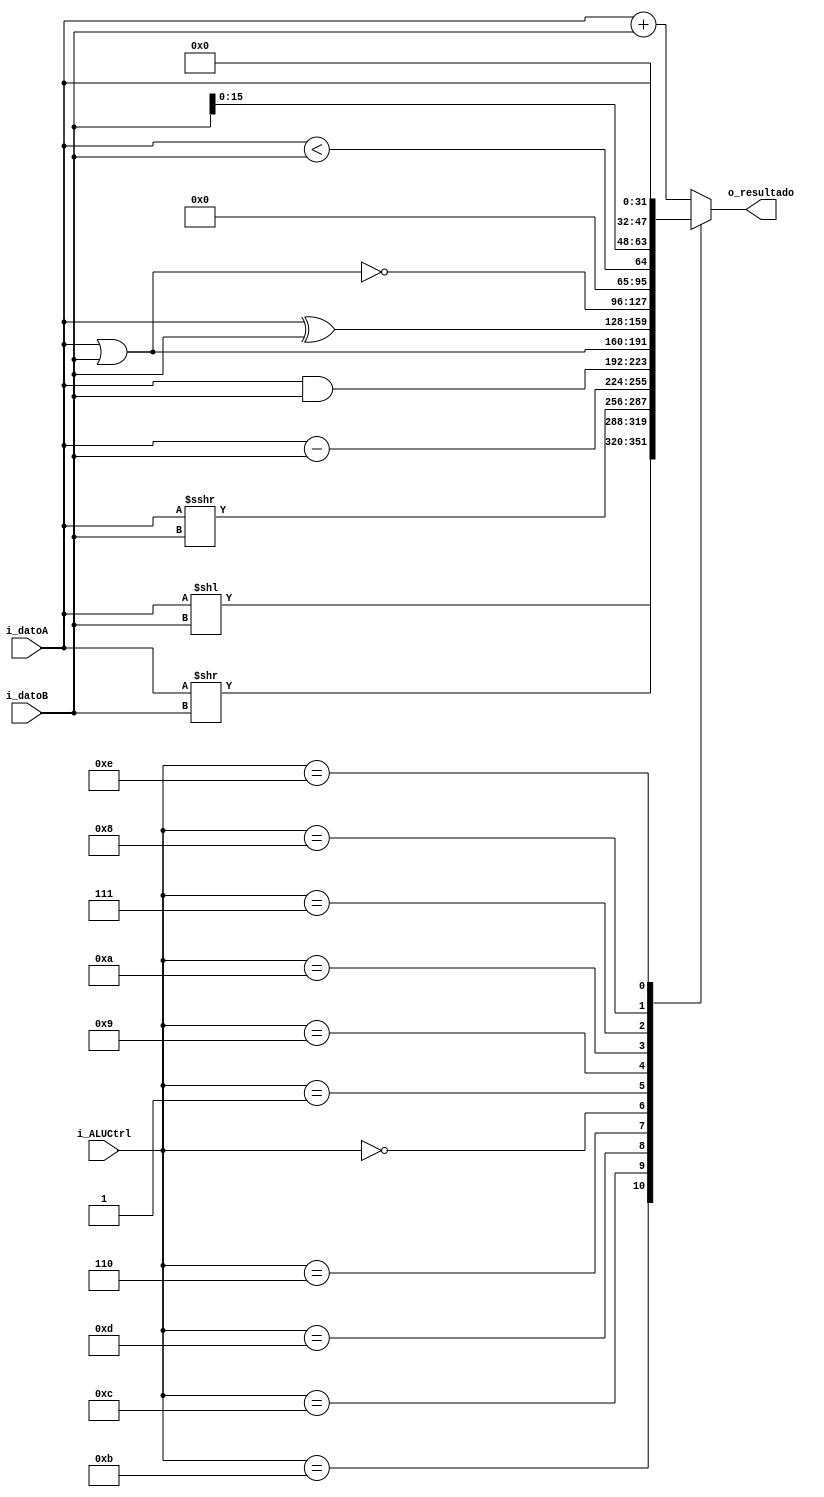
`timescale 1ns / 1ps

//////////////////////////////////////////////////////////////////////////////////////////////////
// Trabajo Practico Nro. 4. MIPS.
// ALU.
// Integrantes: Kleiner Matias, Lopez Gaston.
// Materia: Arquitectura de Computadoras.
// FCEFyN. UNC.
// Anio 2019.
//////////////////////////////////////////////////////////////////////////////////////////////////

module alu
   #(
       
       parameter CANT_BITS_ALU_CONTROL = 4,
       parameter CANT_BITS_DATO = 32
    
    )
   (
       input [CANT_BITS_ALU_CONTROL - 1 : 0]  i_ALUCtrl,
       input [CANT_BITS_DATO - 1 : 0]  i_datoA,
       input [CANT_BITS_DATO - 1 : 0]  i_datoB,
       output reg [CANT_BITS_DATO - 1 : 0] o_resultado
   );

   reg signed [CANT_BITS_DATO - 1 : 0]  reg_signed_datoA;
   reg signed [CANT_BITS_DATO - 1 : 0]  reg_signed_datoB;


    always@(*) begin
      reg_signed_datoA = i_datoA;
      reg_signed_datoB = i_datoB;
    end
    

   
   always@(*) begin
        case (i_ALUCtrl) 
            4'b1011://SLL //SLLV
                begin 
                    o_resultado = i_datoA << i_datoB;
                end
            4'b1100://SRL //SRLV
                begin
                    o_resultado = i_datoA >> i_datoB;
                end
            4'b1101://SRA //SRAV
                begin
                    o_resultado = reg_signed_datoA >>> i_datoB;
                end
            4'b0010://ADDU //ADDI //LOAD
                begin
                    o_resultado = i_datoA + i_datoB;
                end
            4'b0110://SUBU
                begin
                    o_resultado = i_datoA - i_datoB;
                end
            4'b0000://AND //ANDI
                begin
                    o_resultado = i_datoA & i_datoB;
                end
            4'b0001://OR //ORI
                begin
                    o_resultado = i_datoA | i_datoB;
                end
            4'b1001://XOR //XORI
                begin
                    o_resultado = i_datoA ^ i_datoB;
                end
            4'b1010://NOR
                begin
                    o_resultado = ~ (i_datoA | i_datoB);
                end
            4'b0111://SLT //SLTI 
                begin
                    o_resultado = reg_signed_datoA < reg_signed_datoB;
                end

            4'b1000://LUI 
                begin
                    o_resultado = i_datoB << 16;
                end
            
            4'b1110: //Saltos
                begin
                    o_resultado = i_datoA;
                end


            default: //ADD
                begin
                    o_resultado = i_datoA + i_datoB;
                end
        endcase
   end
endmodule